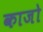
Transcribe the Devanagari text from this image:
काजो